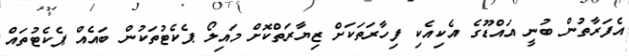
އެފަރާތުން ބުނީ އައްޑޫގެ އެކިއެކި ފިހާރަތަކަށް ޒިޔާރަތްކޮށް މައިލޯ ޕެކެޓުތަކުން ބައެއް ޕެކެޓުތައް